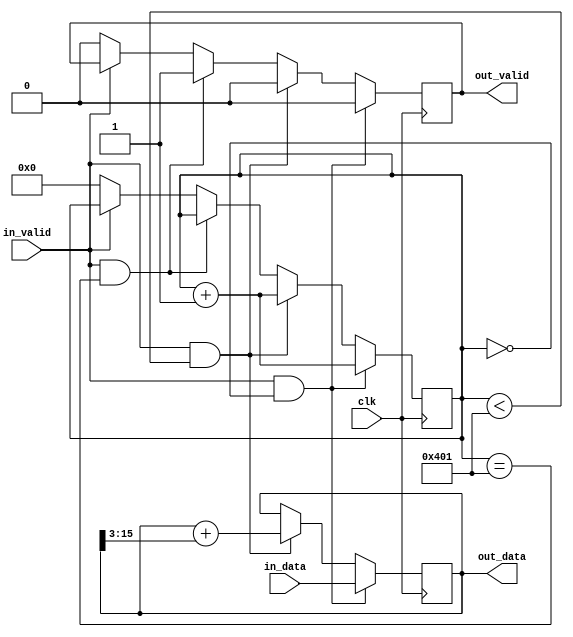
module kernel (
	input clk,
	input [15:0] in_data,
	input in_valid,
	output [15:0] out_data,
	output reg out_valid
);

reg [10:0] counter;
reg [15:0] result;

assign out_data = result;

always @(posedge clk) begin
	if (in_valid && counter == 0) begin
		result <= in_data;
		counter <= counter + 1;
		out_valid <= 0;
	end
	else if (in_valid && counter < 1025) begin
		result <= result + (result >> 3);
		counter <= counter + 1;
		out_valid <= 0;
	end
	else if (in_valid && counter == 1025) begin
		out_valid <= 1;
	end
	else if (~in_valid) begin
		counter <= 0;
		out_valid <= 0;
	end
end

endmodule